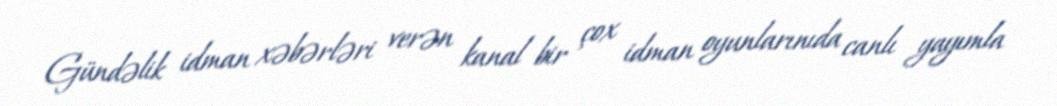
Gündəlik idman xəbərləri verən kanal bir çox idman oyunlarınıda canlı yayımla